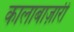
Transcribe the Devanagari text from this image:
कालाबाज़ारी